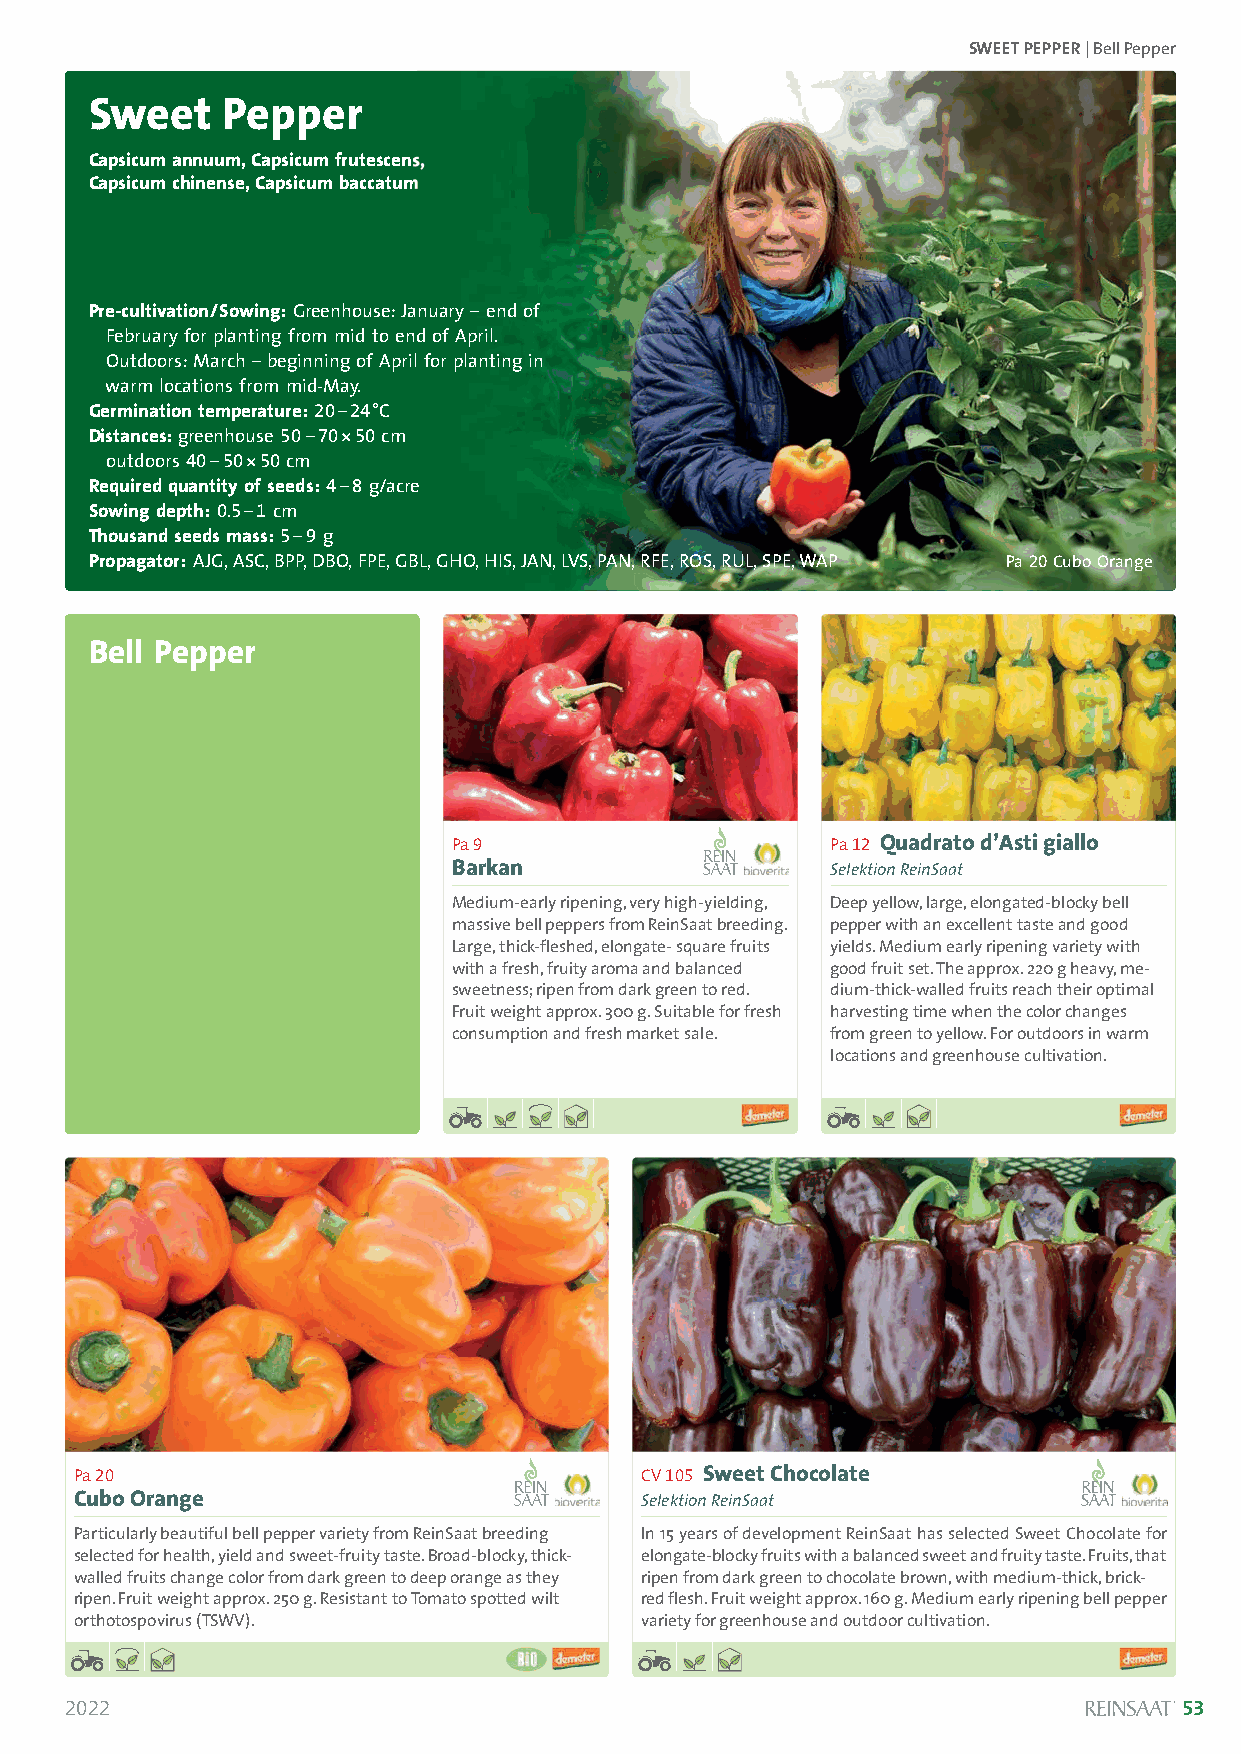
SWEET PEPPER| Bell Pepper
 Sweet    Pepper
 Capsicum annuum, Capsicum frutescens,
 Capsicum chinense, Capsicum baccatum
 Pre-cultivation/Sowing:Greenhouse: January –end of
 February for planting from mid to end of April.
 Outdoors: March – beginning of April for planting in
 warm locations from mid-May.
 Germination temperature:20–24°C
 Distances:greenhouse 50–70*50 cm
 outdoors 40–50*50 cm
 Required quantity of seeds:4–8g/acre
 Sowing depth:0.5–1cm
 Thousand seeds mass:5–9 g
 Propagator:AJG, ASC, BPP, DBO, FPE, GBL, GHO, HIS, JAN, LVS, PAN, RFE, ROS, RUL, SPE, WAP Pa 20Cubo Orange
 Bell Pepper
 Solanum lycopersicum
 Pa 9                     Pa 12 Quadrato d’Asti giallo
 Barkan                   Selektion ReinSaat
 Medium-early ripening, very high-yielding, Deep yellow, large, elongated-blocky bell
 massive bell peppers from ReinSaat breeding. pepper with an excellent taste and good
 Large, thick-fleshed, elongate- square fruits yields. Medium early ripening variety with
 with a fresh, fruity aroma and balanced good fruit set. The approx. 220 g heavy, me-
 sweetness; ripen from dark green to red. dium-thick-walled fruits reach their optimal
 Fruit weight approx. 300 g. Suitable for fresh harvesting time when the color changes
 consumption and fresh market sale. from green to yellow. For outdoors in warm
 locations and greenhouse cultivation.
 Pa 20                                CV 105 Sweet Chocolate
 Cubo Orange                          Selektion ReinSaat
 Particularly beautiful bell pepper variety from ReinSaat breeding In 15 years of development ReinSaat has selected Sweet Chocolate for
 selected for health, yield and sweet-fruity taste. Broad-blocky, thick- elongate-blocky fruits with a balanced sweet and fruity taste. Fruits, that
 walled fruits change color from dark green to deep orange as they ripen from dark green to chocolate brown, with medium-thick, brick-
 ripen. Fruit weight approx. 250 g. Resistant to Tomato spotted wilt red flesh. Fruit weight approx. 160 g. Medium early ripening bell pepper
 orthotospovirus (TSWV).              variety for greenhouse and outdoor cultivation.
 2022                                                                      53